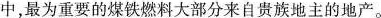
中，最为重要的煤铁燃料大部分来自贵族地主的地产。